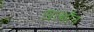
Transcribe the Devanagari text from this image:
खल्थौन